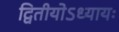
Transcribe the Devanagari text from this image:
द्वितीयोऽध्यायः